Lunatic asylums Central Provinces reports 1886-1894 - 1886-1894
Year: 1886
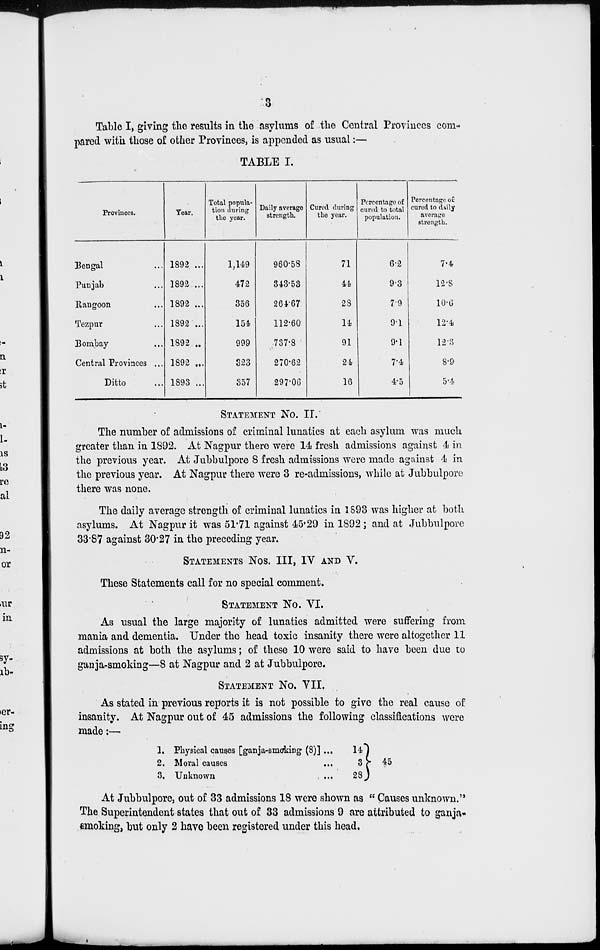
3
Table I, giving the results in the asylums of the Central Provinces com-
pared with those of other Provinces, is appended as usual:—
TABLE I.
Provinces.
Bengal...
Punjab...
Rangoon...
Tezpur...
Bombay...
Central Provinces ...
Ditto...
Year.
1892 ...
1892 ...
1892 ...
1892 ...
1892 ..
1892 ...
1893 ...
Total popula-
tion during
the year.
1,149
472
356
154
999
323
357
Daily average
strength.
960.58
343.53
264.67
112.60
737.8
270.62
297.06
Cured during
the year.
71
44
28
14
91
24
16
Percentage of
cured to total
population.
6.2
9.3
7.9
9.1
9.1
7.4
4.5
Percentage of
cured to daily
average
strength.
7.4
12.8
10.6
12.4
12.3
8.9
5.4
STATEMENT No. II.
The number of admissions of criminal lunatics at each asylum was much
greater than in 1892. At Nagpur there were 14 fresh admissions against 4 in
the previous year. At Jubbulpore 8 fresh admissions were made against 4 in
the previous year. At Nagpur there were 3 re-admissions, while at Jubbulpore
there was none.
The daily average strength of criminal lunatics in 1893 was higher at both
asylums. At Nagpur it was 51.71 against 45.29 in 1892 ; and at Jubbulpore
33.87 against 30.27 in the preceding year.
STATEMENT Nos. III, IV AND V.
These Statements call for no special comment.
STATEMENT No. VI.
As usual the large majority of lunatics admitted were suffering from
mania and dementia. Under the head toxic insanity there were altogether 11
admissions at both the asylums; of these 10 were said to have been due to
ganja-smoking—8 at Nagpur and 2 at Jubbulpore.
STATEMENT No. VII.
As stated in previous reports it is not possible to give the real cause of
insanity. At Nagpur out of 45 admissions the following classifications were
made:—
1.
2.
3.
Physical causes [ganja-smoking (8)] ...
Moral causes...
Unknown...
14
3
28
45
At Jubbulpore, out of 33 admissions 18 were shown as " Causes unknown."
The Superintendent states that out of 33 admissions 9 are attributed to ganja-
smoking, but only 2 have been registered under this head.